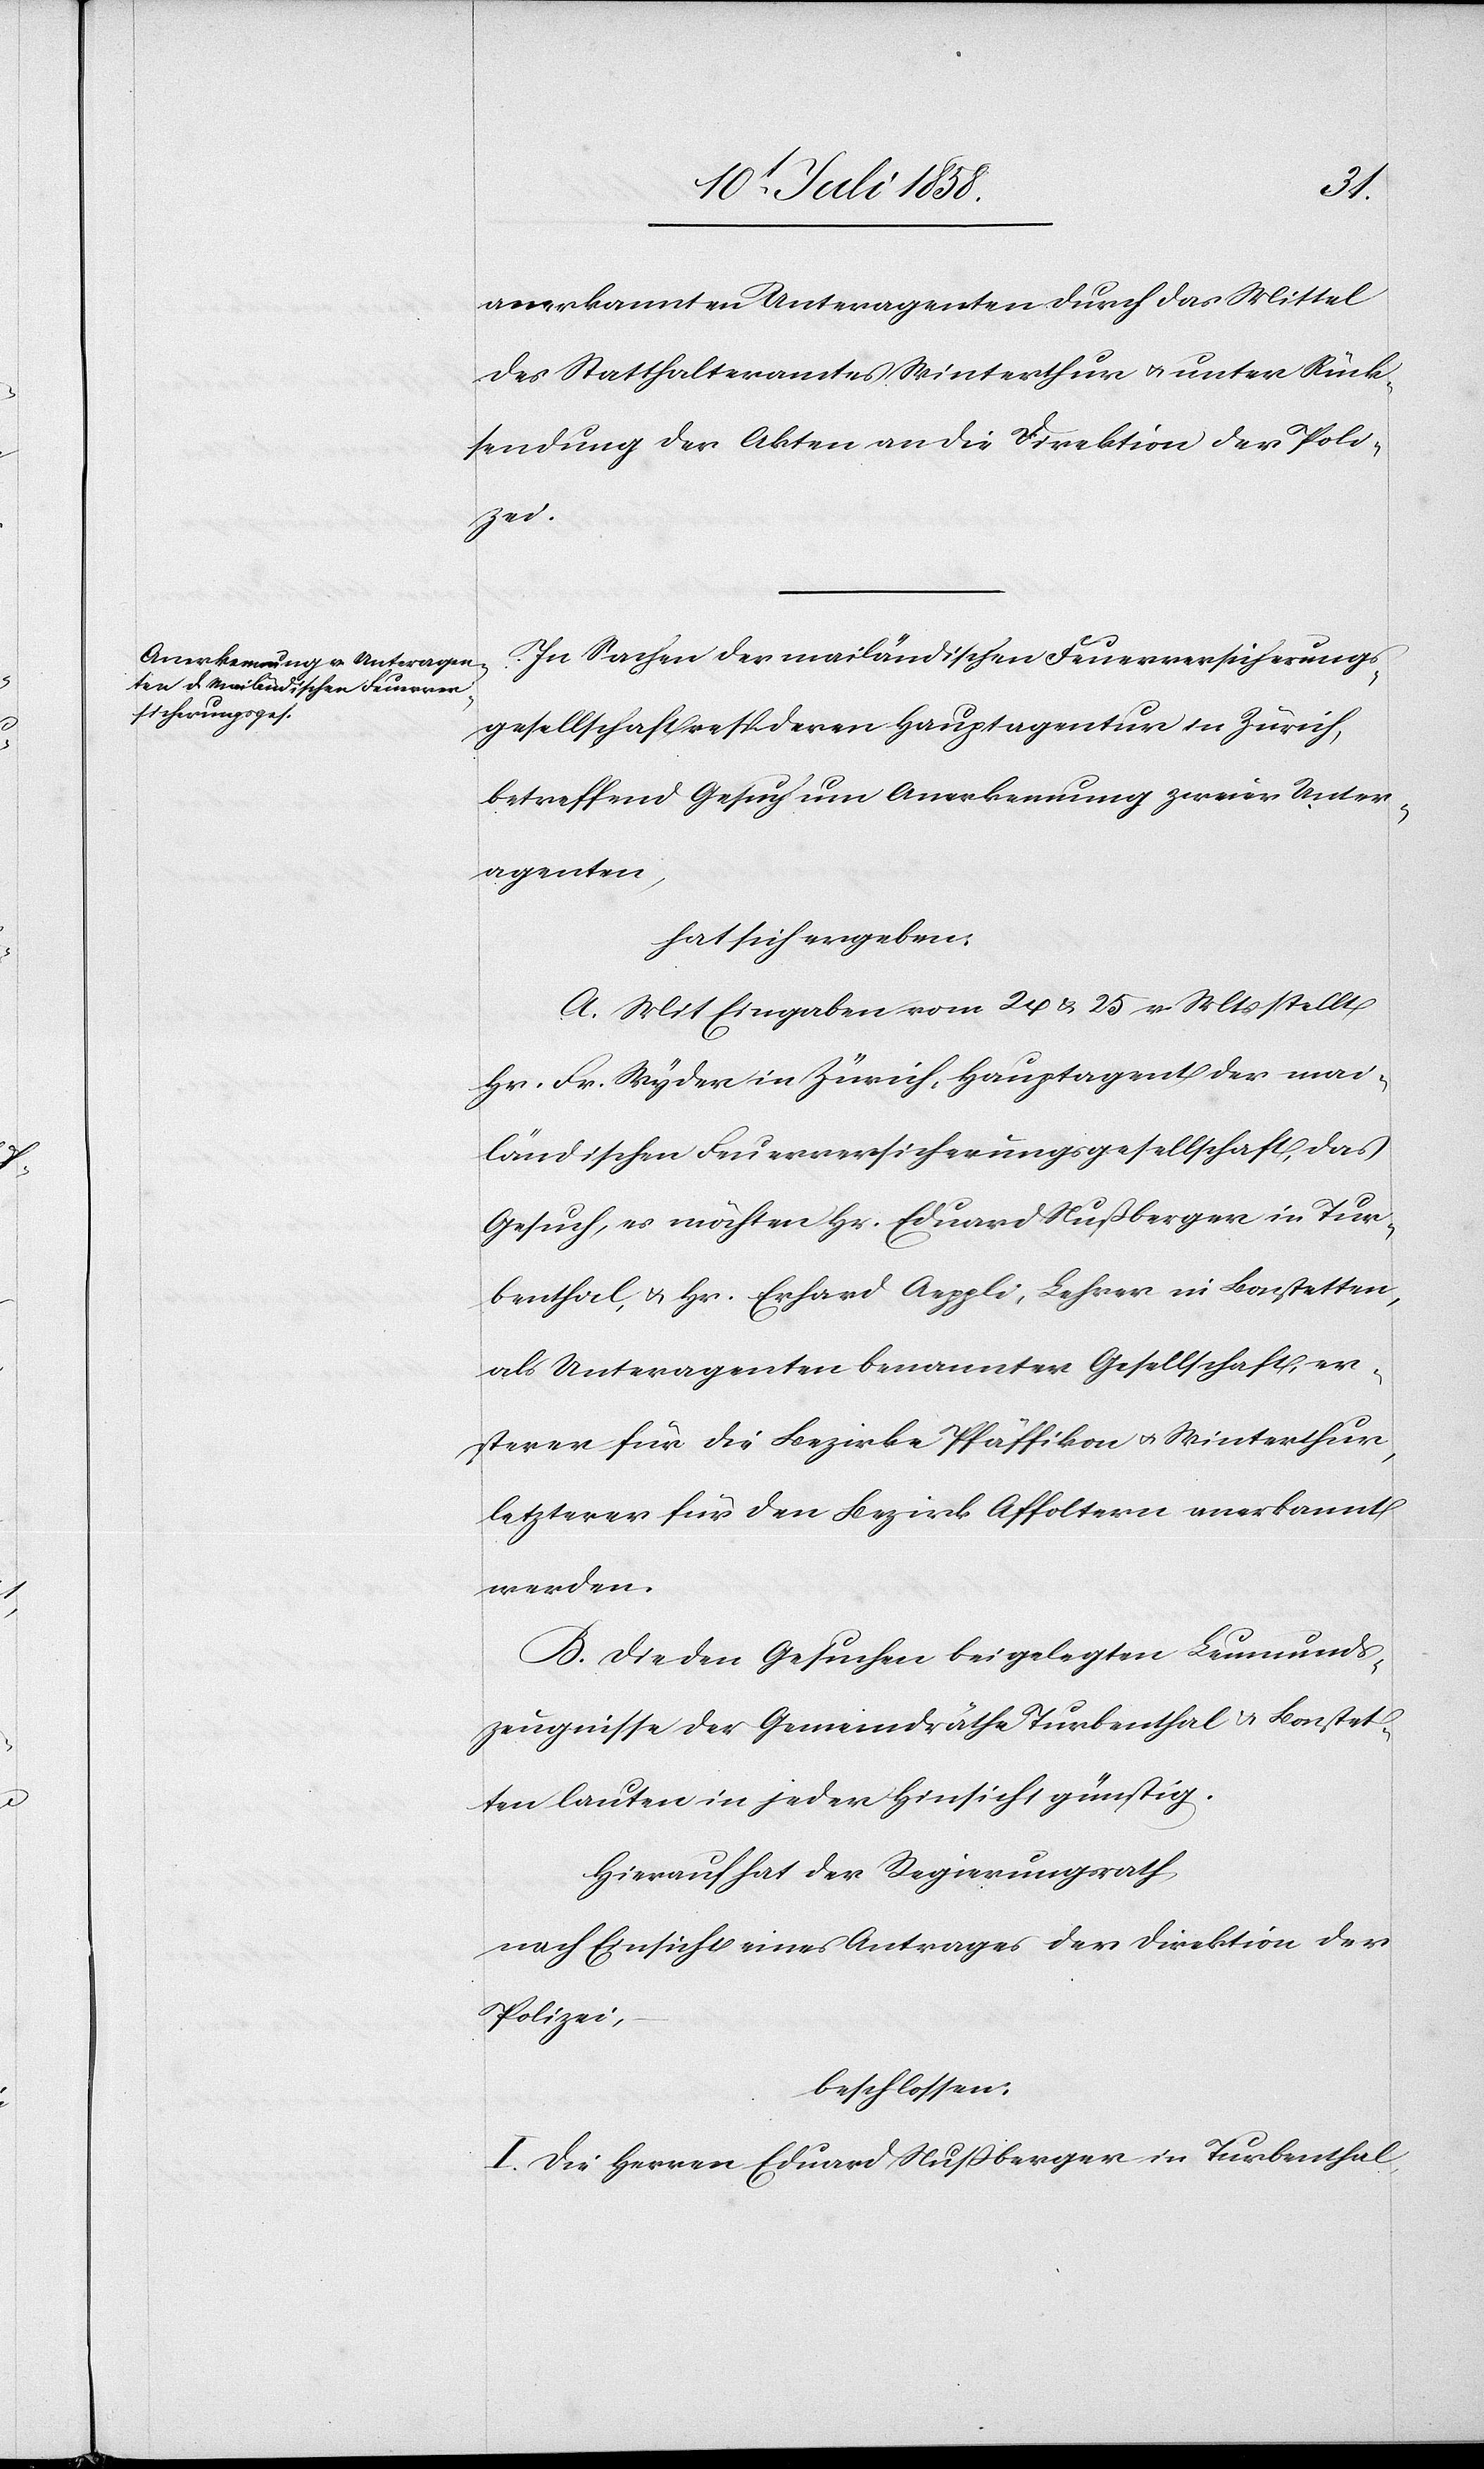
anerkannten Unteragenten durch das Mittel
des Statthalteramtes Winterthur & unter Rück¬
sendung der Akten an die Direktion der Poli¬
zei.
In Sachen der mailändischen Feuerversicherungs¬
gesellschaft resp. deren Hauptagentur in Zürich,
betreffend Gesuch um Anerkennung zweier Unter¬
agenten,
hat sich ergeben:
A. Mit Eingaben vom 24 & 25 v. Mts stellt
Hr. Fr. Wyder in Zürich, Hauptagent der mai¬
ländischen Feuerversicherungsgesellschaft, das
Gesuch, es möchten Hr. Eduard Nußberger in Tur¬
benthal, & Hr. Erhard Aeppli, Lehrer in Bonstetten,
als Unteragenten benannter Gesellschaft, er¬
sterer für die Bezirke Pfäffikon & Winterthur,
letzterer für den Bezirk Affoltern anerkannt
werden.
B. Die den Gesuchen beigelegten Leumunds¬
zeugnisse der Gemeindräthe Turbenthal & Bonstet¬
ten lauten in jeder Hinsicht günstig.
Hierauf hat der Regierungsrath,
nach Einsicht eines Antrages der Direktion der
Polizei,
beschlossen:
I. Die Herren Eduard Nußberger in Turbenthal,